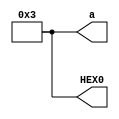
module test(
    output[7:0]a,
	 output[7:0]HEX0
	);
	assign a=2'h07;
	assign HEX0=a;
endmodule